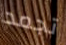
تجمد